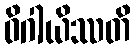
ဝိဂါယိဿတိ